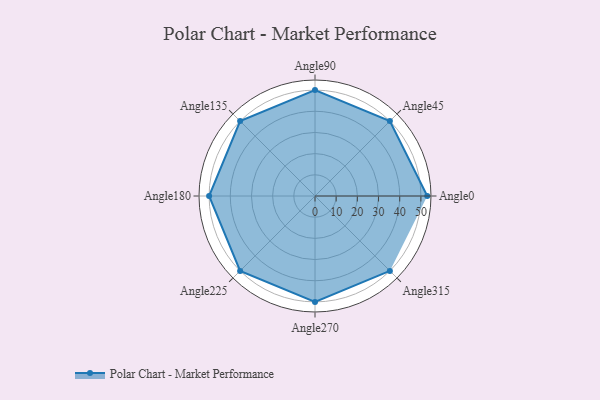
{"axis": {"x": "Angle", "y": "Radius"}, "legend": [""], "data": [{"x": "Angle0", "y": 53.0, "type": ""}, {"x": "Angle45", "y": 50, "type": ""}, {"x": "Angle90", "y": 50, "type": ""}, {"x": "Angle135", "y": 50, "type": ""}, {"x": "Angle180", "y": 50, "type": ""}, {"x": "Angle225", "y": 50, "type": ""}, {"x": "Angle270", "y": 50, "type": ""}, {"x": "Angle315", "y": 50, "type": ""}]}